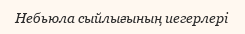
Небьюла сыйлығының иегерлері